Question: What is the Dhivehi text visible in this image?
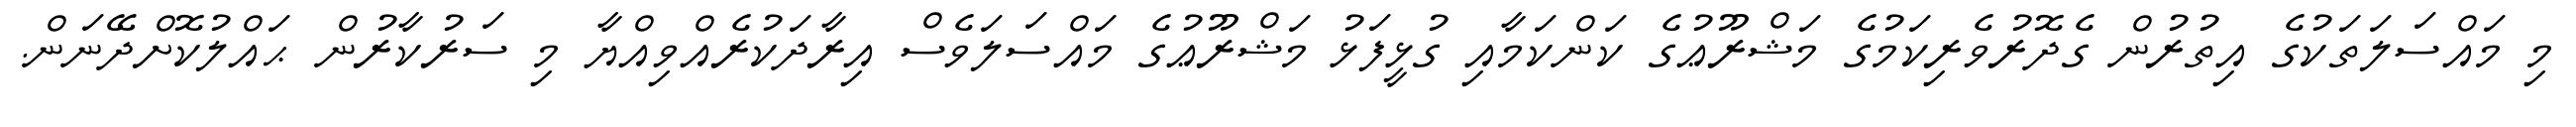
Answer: މި މައްސަލަތަކުގެ އިތުރުން ގެދޮރުވެރިކަމުގެ މަޝްރޫޢުގެ ކަންކަމާއި ގުޅީފަޅު މަޝްރޫޢުގެ މައްސަލަވެސް އިރާދަކުރެއްވިއްޔާ މި ސަރުކާރުން ޙައްލުކޮށްދޭނަން.